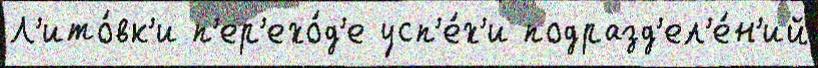
Л'ито́вк'и п'ер'ехо́д'е усп'е́х'и подразд'ел'е́н'ий